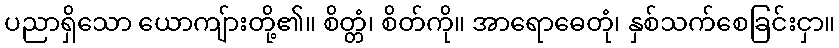
ပညာရှိသော ယောကျ်ားတို့၏။ စိတ္တံ၊ စိတ်ကို။ အာရောဓေတုံ၊ နှစ်သက်စေခြင်းငှာ။